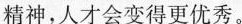
精神，人才会变得更优秀。